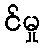
င်မှု